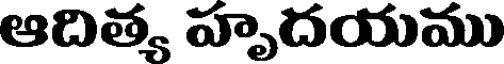
ఆదిత్య హృదయము